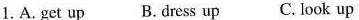
1. A. Get up B. Dress up C. look up